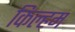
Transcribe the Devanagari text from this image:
किल्हम